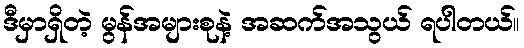
ဒီမှာရှိတဲ့ မွန်အများစုနဲ့ အဆက်အသွယ် ရပါတယ်။